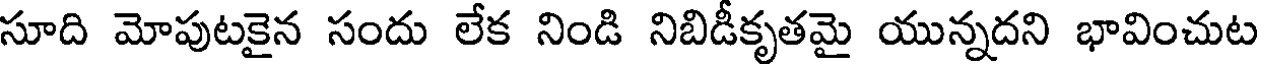
సూది మోపుటకైన సందు లేక నిండి నిబిడీకృతమై యున్నదని భావించుట